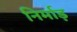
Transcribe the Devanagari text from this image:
निर्माड़